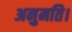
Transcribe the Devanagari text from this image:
अनुमति।